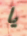
يا